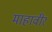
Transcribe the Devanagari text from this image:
माहावीर